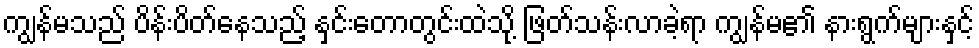
ကျွန်မသည် ပိန်းပိတ်နေသည့် နှင်းတောတွင်းထဲသို့ ဖြတ်သန်းလာခဲ့ရာ ကျွန်မ၏ နားရွက်များနှင့်